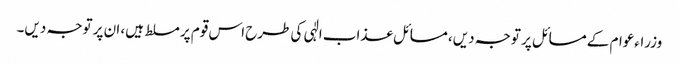
وزراءعوام کے مسائل پر توجہ دیں، مسائل عذاب الٰہی کی طرح اس قوم پر مسلط ہیں، ان پر توجہ دیں۔